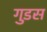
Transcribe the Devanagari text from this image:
गुडस